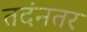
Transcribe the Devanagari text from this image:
तदंनतर